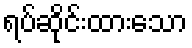
ရပ်ဆိုင်းထားသော